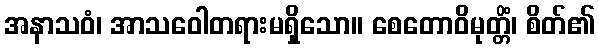
အနာသဝံ၊ အာသဝေါတရားမရှိသော။ စေတောဝိမုတ္တိံ၊ စိတ်၏